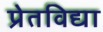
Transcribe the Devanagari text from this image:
प्रेतविद्या